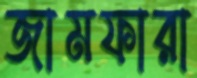
জামফারা